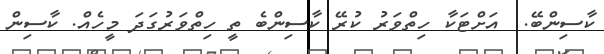
ކާސިންބޭ.  އަށްޓަކާ ހިތްވަރު ކުރޭ ކާސިންބެ ތީ ހިތްވަރުގަދަ މީހެއް. ކާސިން